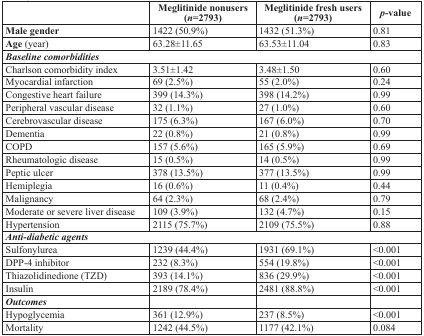
<table><thead><tr><td></td><td><b>Meglitinide nonusers(<i>n</i>=2793)</b></td><td><b>Meglitinide fresh users(<i>n</i>=2793)</b></td><td><b><i>p</i>-value</b></td></tr></thead><tbody><tr><td><b>Male gender</b></td><td>1422 (50.9%)</td><td>1432 (51.3%)</td><td>0.81</td></tr><tr><td><b>Age</b> (year)</td><td>63.28±11.65</td><td>63.53±11.04</td><td>0.83</td></tr><tr><td colspan="4"><b><i>Baseline comorbidities</i></b></td></tr><tr><td>Charlson comorbidity index</td><td>3.51±1.42</td><td>3.48±1.50</td><td>0.60</td></tr><tr><td>Myocardial infarction</td><td>69 (2.5%)</td><td>55 (2.0%)</td><td>0.24</td></tr><tr><td>Congestive heart failure</td><td>399 (14.3%)</td><td>398 (14.2%)</td><td>0.99</td></tr><tr><td>Peripheral vascular disease</td><td>32 (1.1%)</td><td>27 (1.0%)</td><td>0.60</td></tr><tr><td>Cerebrovascular disease</td><td>175 (6.3%)</td><td>167 (6.0%)</td><td>0.70</td></tr><tr><td>Dementia</td><td>22 (0.8%)</td><td>21 (0.8%)</td><td>0.99</td></tr><tr><td>COPD</td><td>157 (5.6%)</td><td>165 (5.9%)</td><td>0.69</td></tr><tr><td>Rheumatologic disease</td><td>15 (0.5%)</td><td>14 (0.5%)</td><td>0.99</td></tr><tr><td>Peptic ulcer</td><td>378 (13.5%)</td><td>377 (13.5%)</td><td>0.99</td></tr><tr><td>Hemiplegia</td><td>16 (0.6%)</td><td>11 (0.4%)</td><td>0.44</td></tr><tr><td>Malignancy</td><td>64 (2.3%)</td><td>68 (2.4%)</td><td>0.79</td></tr><tr><td>Moderate or severe liver disease</td><td>109 (3.9%)</td><td>132 (4.7%)</td><td>0.15</td></tr><tr><td>Hypertension</td><td>2115 (75.7%)</td><td>2109 (75.5%)</td><td>0.88</td></tr><tr><td colspan="4"><b><i>Anti-diabetic agents</i></b></td></tr><tr><td>Sulfonylurea</td><td>1239 (44.4%)</td><td>1931 (69.1%)</td><td>&lt;0.001</td></tr><tr><td>DPP-4 inhibitor</td><td>232 (8.3%)</td><td>554 (19.8%)</td><td>&lt;0.001</td></tr><tr><td>Thiazolidinedione (TZD)</td><td>393 (14.1%)</td><td>836 (29.9%)</td><td>&lt;0.001</td></tr><tr><td>Insulin</td><td>2189 (78.4%)</td><td>2481 (88.8%)</td><td>&lt;0.001</td></tr><tr><td><b><i>Outcomes</i></b></td><td></td><td></td><td></td></tr><tr><td>Hypoglycemia</td><td>361 (12.9%)</td><td>237 (8.5%)</td><td>&lt;0.001</td></tr><tr><td>Mortality</td><td>1242 (44.5%)</td><td>1177 (42.1%)</td><td>0.084</td></tr></tbody></table>